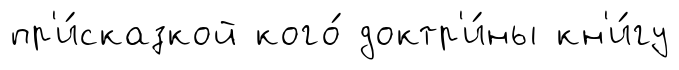
пр'и́сказкой кого́ доктр'и́ны кн'и́гу